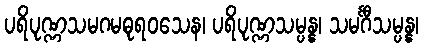
ပရိပုဏ္ဏသမဂမဓုရဝသေန၊ ပရိပုဏ္ဏသမ္ပန္န၊ သမင်္ဂီသမ္ပန္န၊